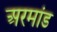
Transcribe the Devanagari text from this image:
अरमांड